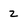
Character: 2